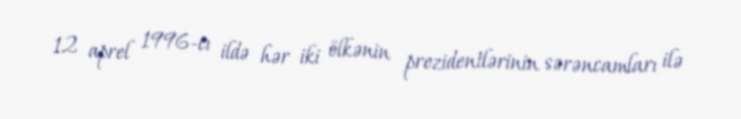
12 aprel 1996-cı ildə hər iki ölkənin prezidentlərinin sərəncamları ilə